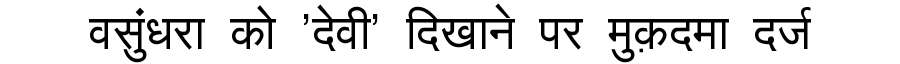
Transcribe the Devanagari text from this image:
वसुंधरा को 'देवी' दिखाने पर मुक़दमा दर्ज